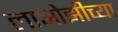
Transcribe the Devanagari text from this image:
लाओझीच्या